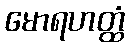
မောရဟတ္ထံ